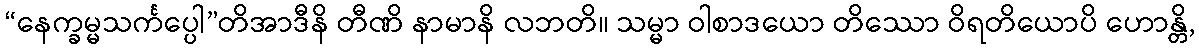
“နေက္ခမ္မသင်္ကပ္ပေါ”တိအာဒီနိ တီဏိ နာမာနိ လဘတိ။ သမ္မာ ဝါစာဒယော တိဿော ဝိရတိယောပိ ဟောန္တိ,